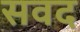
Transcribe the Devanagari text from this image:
सवद